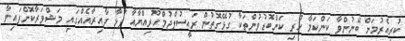
ކުރިއެރުމަށް ބޭނުންވާ ކަންކަމާ ހުރި ކަންބޮޑުވުންތަކާ ގުޅޭގޮތުން ރައީސުލްޖުމްހޫރިއްޔާއާ ފުޅާ ދާއިރާއެއްގައި މަޝްވަރާކޮށްފައިވާ